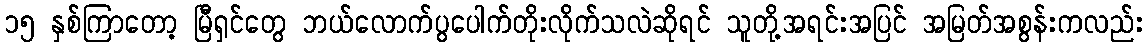
၁၅ နှစ်ကြာတော့ မြီရှင်တွေ ဘယ်လောက်ပွပေါက်တိုးလိုက်သလဲဆိုရင် သူတို့အရင်းအပြင် အမြတ်အစွန်းကလည်း